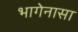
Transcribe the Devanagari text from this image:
भागेनासा